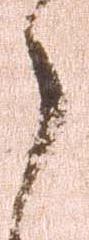
郎